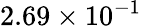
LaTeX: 2.69\times 10^{-1}